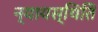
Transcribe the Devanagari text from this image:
न्यायस्थिति